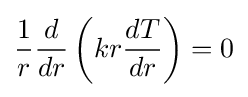
{{1 \over r}{d \over dr}\left(kr{dT \over dr}\right)=0}